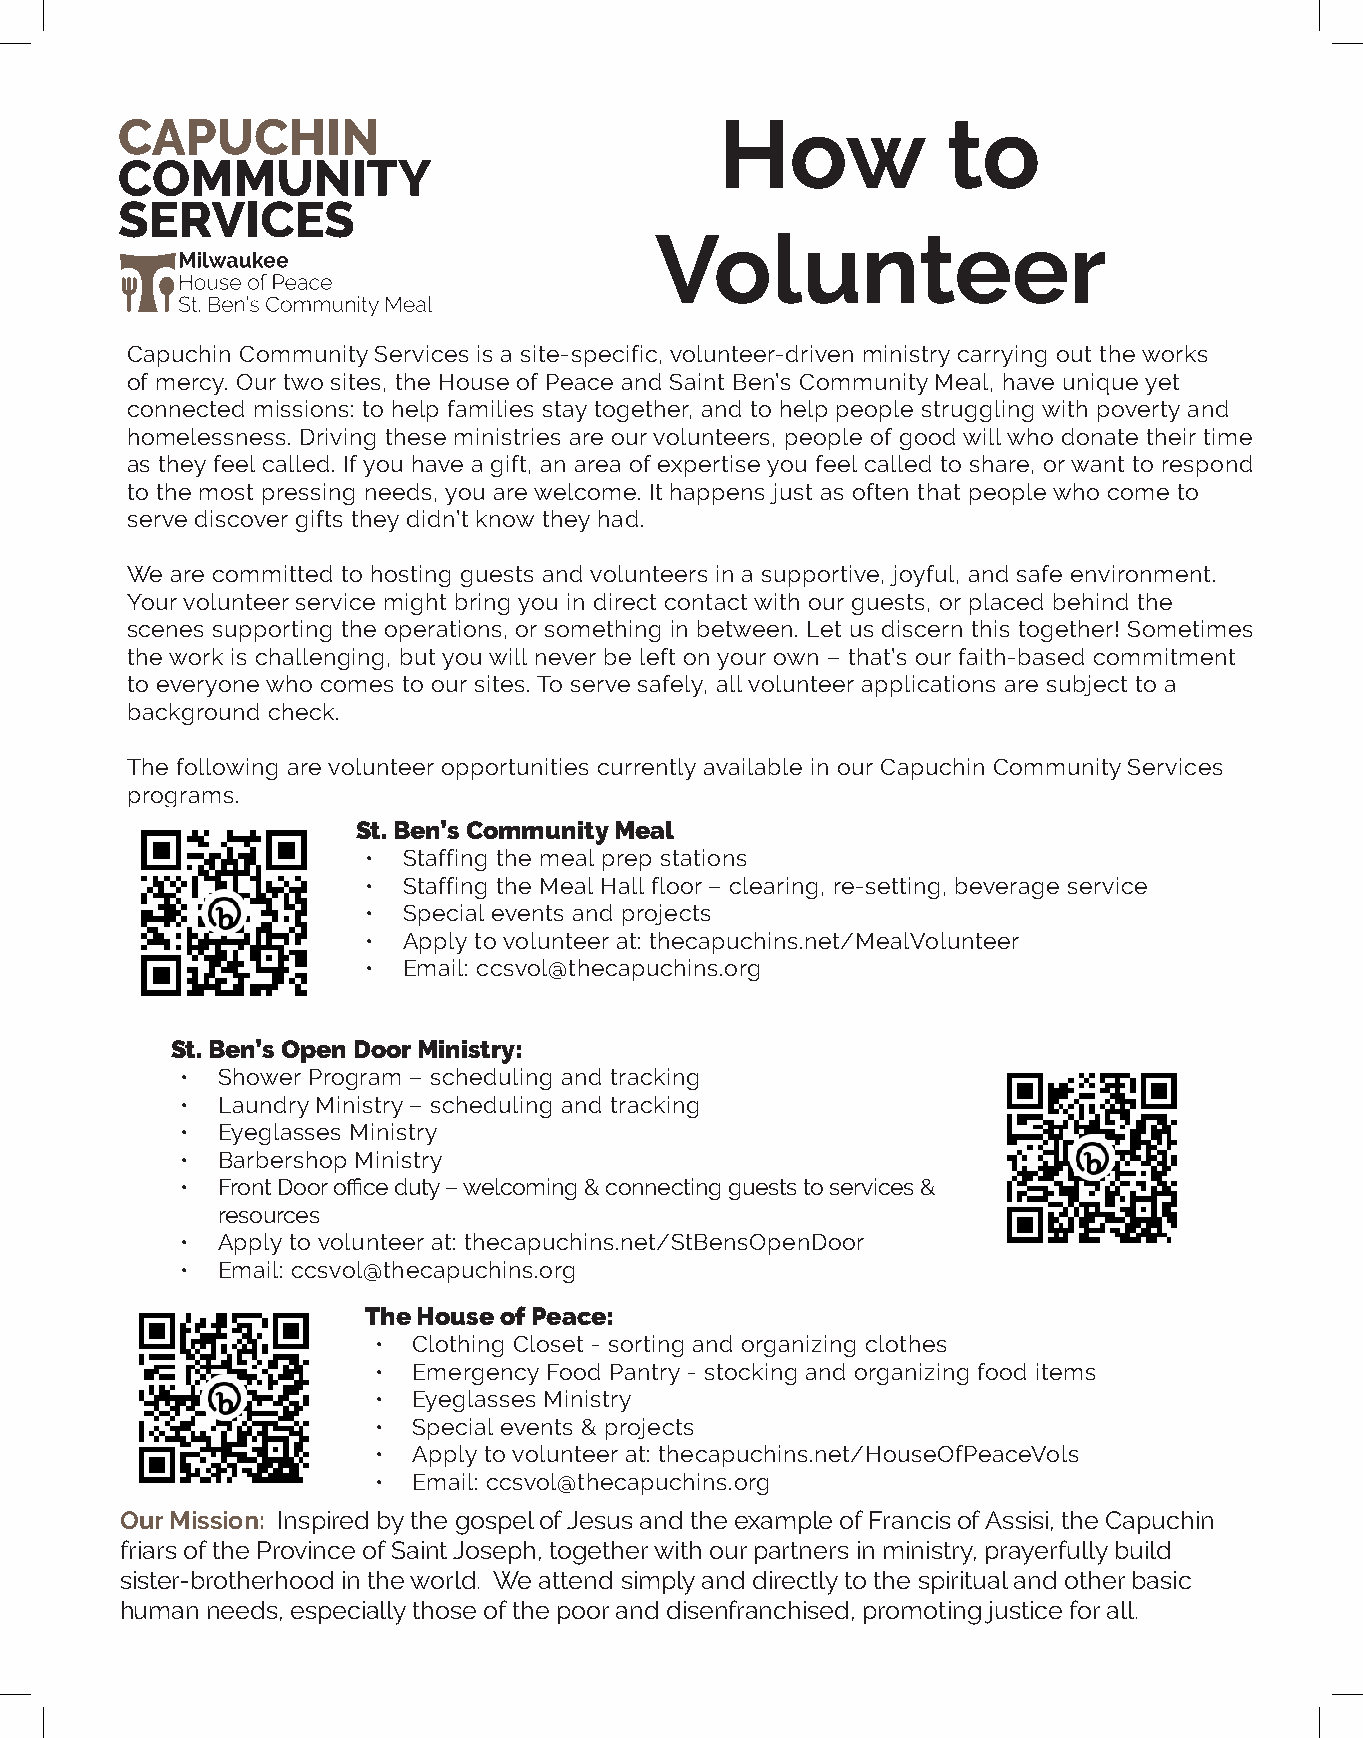
How            to
 Volunteer
 Capuchin Community Services is a site-specific, volunteer-driven ministry carrying out the works
 of mercy. Our two sites, the House of Peace and Saint Ben’s Community Meal, have unique yet
 connected missions: to help families stay together, and to help people struggling with poverty and
 homelessness. Driving these ministries are our volunteers, people of good will who donate their time
 as they feel called. If you have a gift, an area of expertise you feel called to share, or want to respond
 to the most pressing needs, you are welcome. It happens just as often that people who come to
 serve discover gifts they didn’t know they had.
 We are committed to hosting guests and volunteers in a supportive, joyful, and safe environment.
 Your volunteer service might bring you in direct contact with our guests, or placed behind the
 scenes supporting the operations, or something in between. Let us discern this together! Sometimes
 the work is challenging, but you will never be left on your own – that’s our faith-based commitment
 to everyone who comes to our sites. To serve safely, all volunteer applications are subject to a
 background check.
 The following are volunteer opportunities currently available in our Capuchin Community Services
 programs.
 St. Ben’s Community Meal
 •  Staffing the meal prep stations
 •  Staffing the Meal Hall floor – clearing, re-setting, beverage service
 •  Special events and projects
 •  Apply to volunteer at: thecapuchins.net/MealVolunteer
 •  Email: ccsvol@thecapuchins.org
 St. Ben’s Open Door Ministry:
 • Shower Program – scheduling and tracking
 • Laundry Ministry – scheduling and tracking
 • Eyeglasses Ministry
 • Barbershop Ministry
 • Front Door office duty – welcoming & connecting guests to services &
 resources
 • Apply to volunteer at: thecapuchins.net/StBensOpenDoor
 • Email: ccsvol@thecapuchins.org
 The House of Peace:
 • Clothing Closet - sorting and organizing clothes
 • Emergency Food Pantry - stocking and organizing food items
 • Eyeglasses Ministry
 • Special events & projects
 • Apply to volunteer at: thecapuchins.net/HouseOfPeaceVols
 • Email: ccsvol@thecapuchins.org
 Our Mission: Inspired by the gospel of Jesus and the example of Francis of Assisi, the Capuchin
 friars of the Province of Saint Joseph, together with our partners in ministry, prayerfully build
 sister-brotherhood in the world. We attend simply and directly to the spiritual and other basic
 human needs, especially those of the poor and disenfranchised, promoting justice for all.